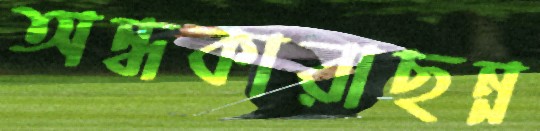
অন্ধকারাছন্ন